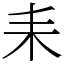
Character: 耒